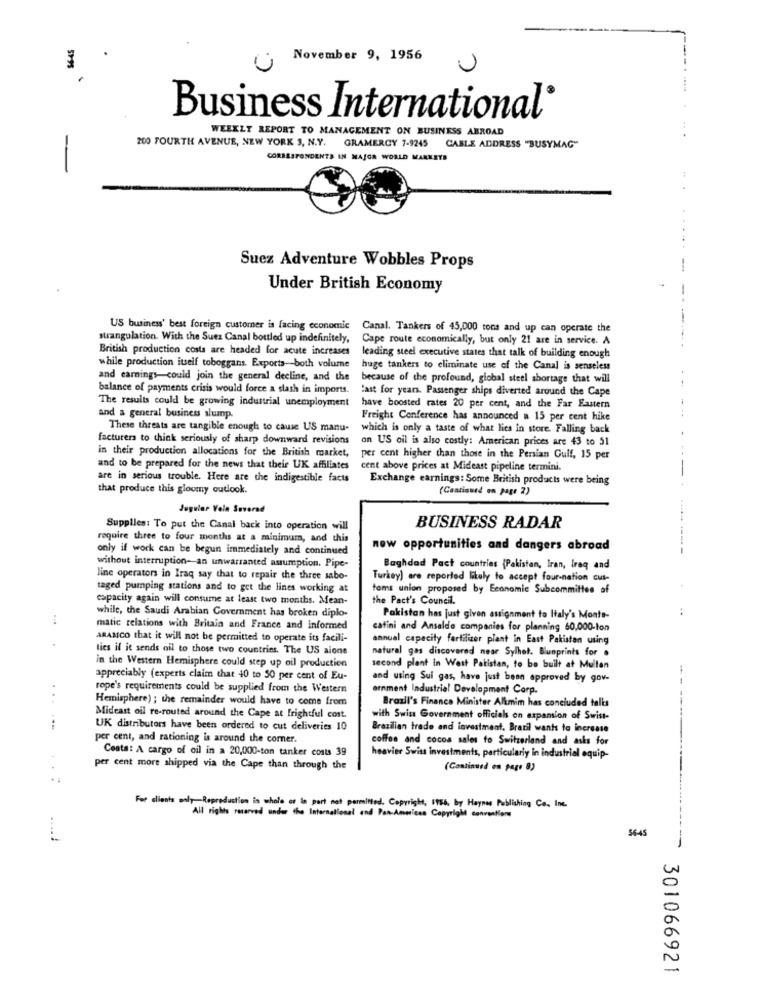
November 9, 1956
Business International®
WEEKLY REPORT TO MANAGEMENT ON BUSINESS ABROAD
200 FOURTH AVENUE, NEW YORK 3, N.Y. GRAMERCY 7-9245 CABLE ADDRESS "BUSYMAG"
CORRESPONDENTS IN MAJOR WORLD MARKETS
-
Suez Adventure Wobbles Props
Under British Economy
US business' best foreign customer is facing economic
Canal. Tankers of 45,000 tons and up can operate the
strangulation. With the Suez Canal bottled up indefinitely,
Cape route economically, but only 21 are in service. A
British production costs are headed for acute increases
leading steel executive states that talk of building enough
while production itself toboggans. Exports-both volume
huge tankers to eliminate use of the Canal is senseless
and earnings-could join the general decline, and the
because of the profound, global steel shortage that will
balance of payments crisis would force a slash in imports.
last for years. Passenger ships diverted around the Cape
The results could be growing industrial unemployment
have boosted rates 20 per cent, and the Far Eastern
and a general business slump.
Freight Conference has announced a 15 per cent hike
These threats are tangible enough to cause US manu-
which is only a taste of what lies in store. Falling back
facturers to think seriously of sharp downward revisions
on US oil is also costly: American prices are 43 to 51
in their production allocations for the British market,
per cent higher than those in the Persian Gulf, 15 per
and to be prepared for the news that their UK affiliates cent above prices at Mideast pipeline termini.
are in serious trouble. Here are the indigestible facts
Exchange earnings: Some British products were being
that produce this gloomy outlook.
(Continued on page 2)
.---.
Jugular Vele Suverad
Supplies: To put the Canal back into operation will
BUSINESS RADAR
require three to four months at a minimum, and this
only if work can be begun immediately and continued
now opportunities and dangers abroad
without interruption-an unwarranted assumption. Pipe-
Baghdad Pact countries {Pakistan, Iran, Iraq and
line operators in Iraq say that to repair the three sabo-
Turkey) are reported likely to accept four-nation cut-
taged pumping stations and to get the lines working at
toms union proposed by Economic Subcommittee of
capacity again will consume at least two months. Mean-
the Pact's Council.
:
while, the Saudi Arabian Government has broken diplo-
Pakistan has just given assignment to Italy's Monts-
matic relations with Britain and France and informed
catini and Ansaldo companies for planning 60,000-ton
ARAMCO that it will not be permitted to operate its facili-
annual capacity fertilizer plant In East Pakistan using
ties il it sends oil to those two countries. The US alone
natural gas discovered near Sylhet. Blueprints for .
in the Western Hemisphere could step up oil production
second plant in West Pakistan, to be built at Mullan
appreciably (experts claim that 40 to 50 per cent of Eu-
and using Sui gas, have just been approved by gov-
rope's requirements could be supplied from the Western
ernment Industrial Development Corp.
Hemisphere) ; the remainder would have to come from
Brazil's Finance Minister Alimim has concluded talls
Mideast oil re-routed around the Cape at frightful cost.
with Swiss Government officials on expansion of Swist-
..
UK distributors have been ordered to cut deliveries 10
Brazilian trade and investment. Brazil wants to increase
per cent, and rationing is around the corner.
coffee and cocos sales to Switzerland and asks for
Cesta: A cargo of oil in a 20,000-ton tanker costs 39
heavier Swiss investments, particularly in industrial equip-
.
per cent more shipped via the Cape than through the
(Continued en page 8)
For clients only Reproduction in whole or in part not permitted. Copyright, 1984, by Haynes Publishing Co ., Inc.
All rights reserved under the International and ParsAmericas Copyright conventions
54-45
-
301066921